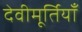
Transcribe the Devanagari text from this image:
देवीमूर्तियाँ